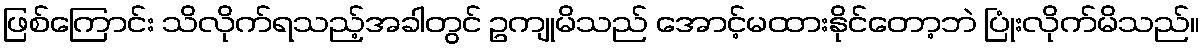
ဖြစ်ကြောင်း သိလိုက်ရသည့်အခါတွင် ဥကျုမိသည် အောင့်မထားနိုင်တော့ဘဲ ပြုံးလိုက်မိသည်။